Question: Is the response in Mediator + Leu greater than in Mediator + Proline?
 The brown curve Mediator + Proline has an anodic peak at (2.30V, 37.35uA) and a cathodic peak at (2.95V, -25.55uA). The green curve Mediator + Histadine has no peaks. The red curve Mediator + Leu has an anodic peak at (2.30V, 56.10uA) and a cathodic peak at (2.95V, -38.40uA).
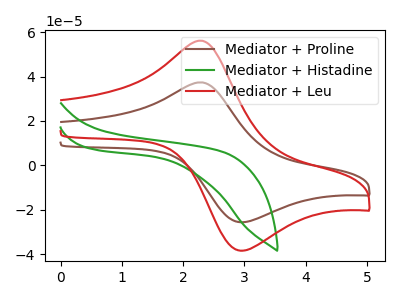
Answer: <think>All the peaks in "Mediator + Leu" have a peak in "Mediator + Proline" at the same potential. Every peak in "Mediator + Leu" is higher than every peak in "Mediator + Proline".
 </think>
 <answer>"Mediator + Leu" has more signal than "Mediator + Proline".</answer>
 <eval>more_signal</eval>